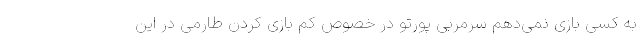
به کسی بازی نمی‌دهم سرمربی پورتو در خصوص کم بازی کردن طارمی در این